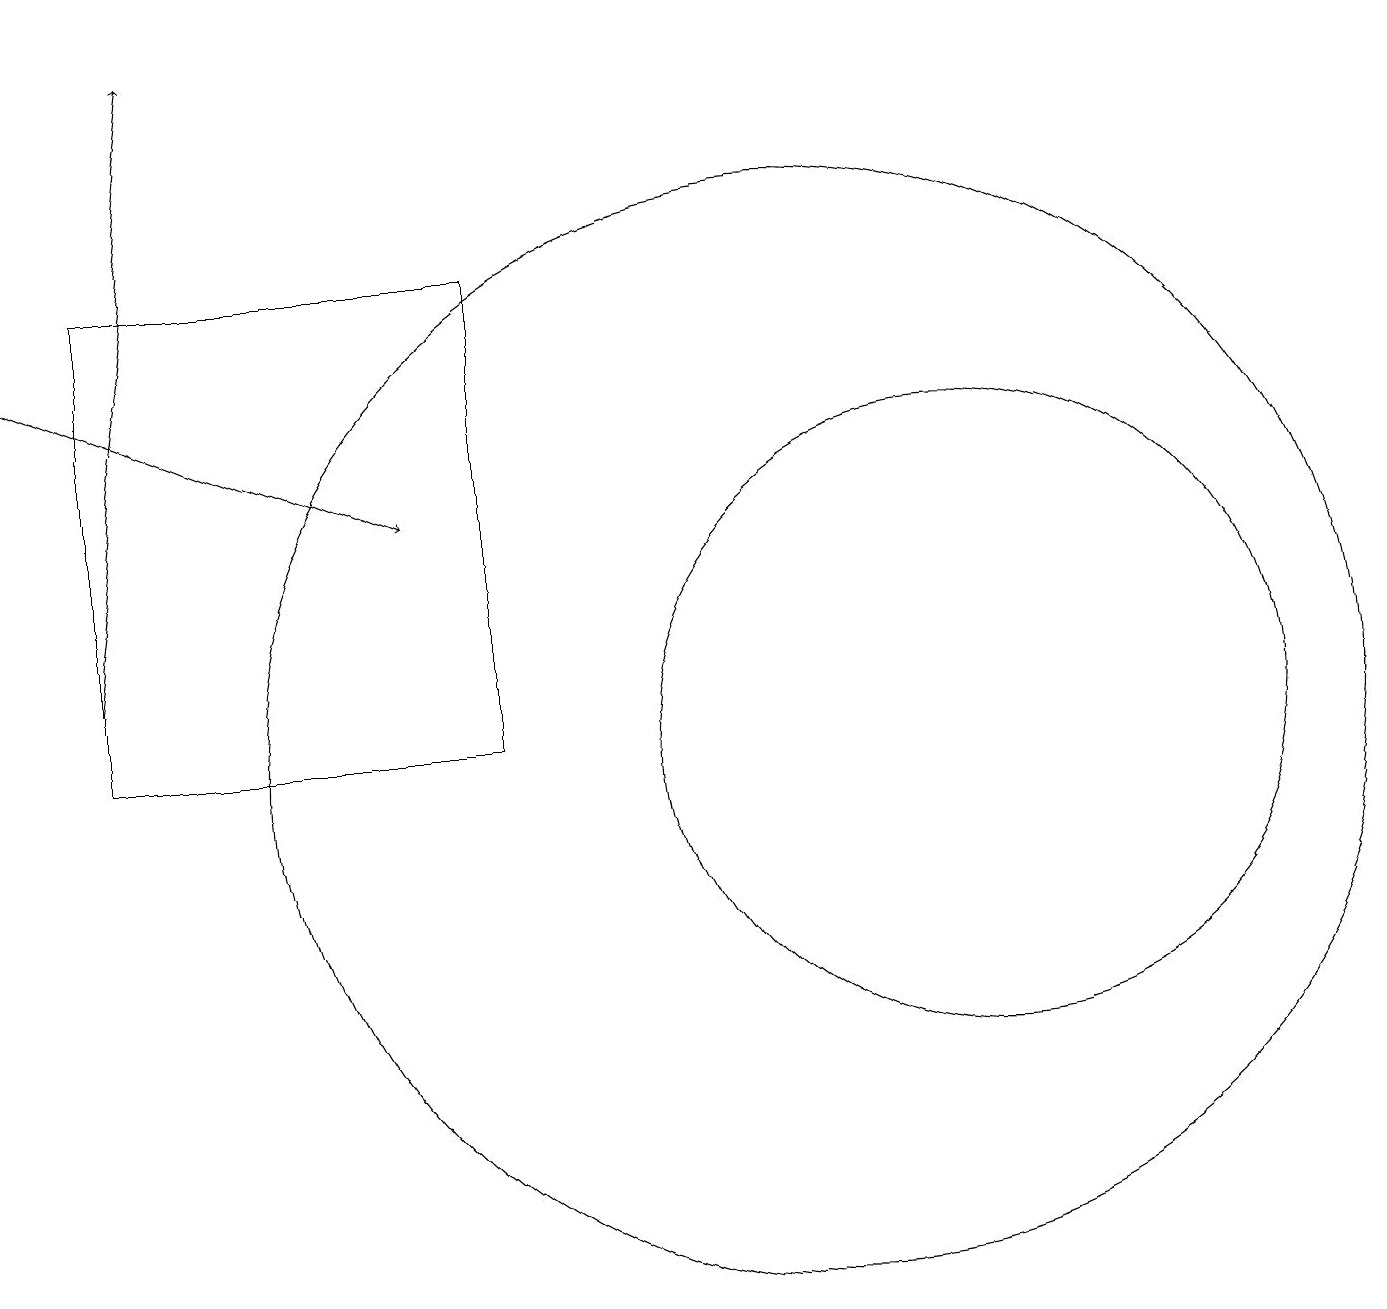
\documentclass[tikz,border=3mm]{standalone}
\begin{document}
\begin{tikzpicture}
\draw[->] (0,15) -- (5,13);
\draw (12,10) circle (4);
\draw[->] (1,11) -- (2,19);
\draw (6,16) rectangle (1,10);
\draw (10,10) circle (7);
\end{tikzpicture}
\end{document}